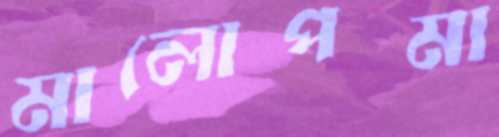
মালোপমা